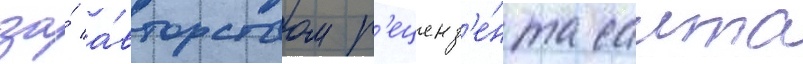
за́ а́вторством р'еценз'е́нта саита